Report on vaccination in Madras 1922-1929 - 1922-1929
Year: 1922
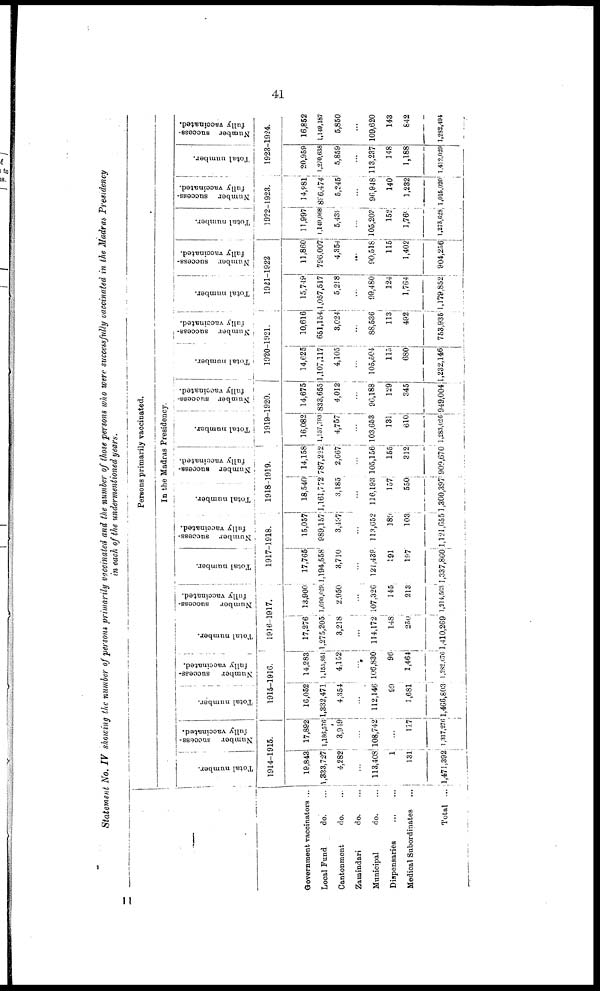
41
Statement
No. IV showing the number of persons primarily vaccinated and the number of those persons who were successfully vaccinated in the Madras
Presidency
in each of the undermentioned
years.
—
Government vaccinators ...
Local Fund
do. ...
Cantonment
do.
Zamindari
do.
Municipal
do.
Dispensaries...
...
Medical Subordinates... ...
Total ...
Persons primarily vaccinated.
In the Madras Presidency.
Total number.
Number success-
fully vaccinated.
1914-1915.
19,843
1,333,727
4,282
...
113,408
1
131
1,471,392
17,892
1,186,576
3,949
...
108,742
...
117
1,317,276
Total number.
Number success-
fully vaccinated.
1915-1916.
16,052
1,332,471
4,354
...
112,146
99
1,681
1,466,803
14,283
l,153,851
4,152
...
106,830
96
1,464
1,282,676
Total number.
Number success-
fully vaccinated.
1916-1917.
17,276
1,275,205
3,218
...
114,172
148
250
1,410,269
13,900
1,090,029
2,950
...
107,326
145
213
1,214,563
Total number.
Number success-
fully vaccinated.
1917-1918.
17,765
1,194,558
3,710
...
121,439
191
197
1,337,860
15,057
989,157
3,197
...
113,652
189
103
1,121,655
Total number.
Number success-
fully vaccinated.
1918-1919.
18,540
1,161,772
3,185
...
116,193
157
550
1,300,397
14,158
787,222
2,667
...
105,156
155
312
909,670
Total number.
Number success-
fully vaccinated.
1919-1920.
16,082
1,157,793
4,757
...
103,653
131
610
1,283,026
14,675
833,655
4,012
...
96,188
129
345
949,004
Total number.
Number success-
fully vaccinated.
1920-1921.
14,626
1,107,117
4,105
...
105,504
115
680
1,232,146
10,616
651,154
3,024
...
88,536
113
492
753,935
Total number.
Number success-
fully vaccinated.
1921-1922
15,749
1,057,517
5,218
...
99,480
124
1,764
1,179,852
11,860
796,007
4,354
...
90,518
115
1,402
904,256
Total number.
Number success-
fully vaccinated.
1922-1923.
11,997
1,149,068
5,438
...
105,203
152
l,769
1,273,628
14,981
896,474
5,245
...
96,948
140
1,232
1,015,020
Total number.
Number success-
fully vaccinated.
1923-1924.
20,959
1,270,638
5,859
...
113,237
148
1,188
1,412,039
16,852
1,149,187
5,850
...
109,620
143
842
1,232,494